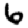
Digit: 6